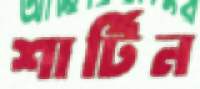
শার্টিন